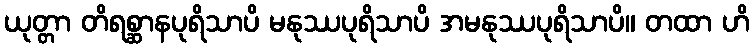
ယုတ္တာ တိရစ္ဆာနပုရိသာပိ မနုဿပုရိသာပိ အမနုဿပုရိသာပိ။ တထာ ဟိ